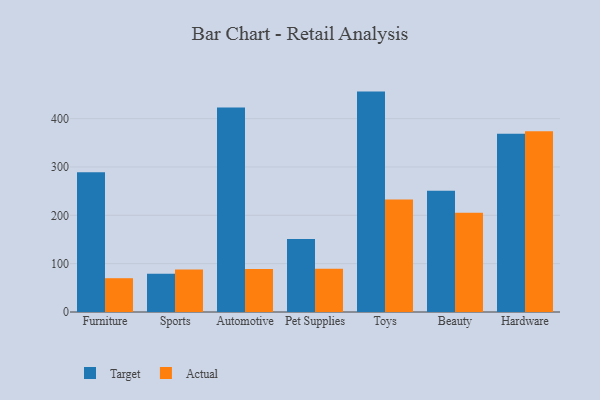
{"axis": {"x": "Category", "y": "Market Share (%)"}, "legend": ["Actual", "Target"], "data": [{"x": "Furniture", "y": 289.2, "type": "Target"}, {"x": "Furniture", "y": 69.9, "type": "Actual"}, {"x": "Sports", "y": 79.1, "type": "Target"}, {"x": "Sports", "y": 88.1, "type": "Actual"}, {"x": "Automotive", "y": 423.2, "type": "Target"}, {"x": "Automotive", "y": 89.1, "type": "Actual"}, {"x": "Pet Supplies", "y": 150.9, "type": "Target"}, {"x": "Pet Supplies", "y": 89.6, "type": "Actual"}, {"x": "Toys", "y": 455.9, "type": "Target"}, {"x": "Toys", "y": 232.8, "type": "Actual"}, {"x": "Beauty", "y": 250.7, "type": "Target"}, {"x": "Beauty", "y": 205.1, "type": "Actual"}, {"x": "Hardware", "y": 368.9, "type": "Target"}, {"x": "Hardware", "y": 374.1, "type": "Actual"}]}